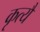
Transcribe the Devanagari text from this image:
कृत्यै